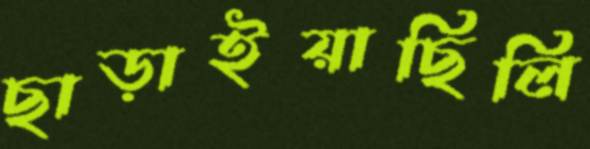
ছাড়াইয়াছিলি